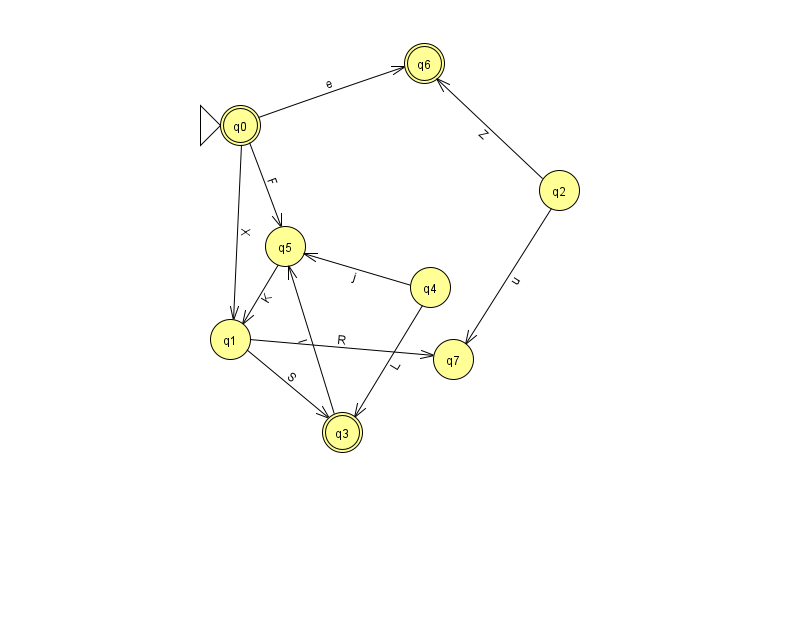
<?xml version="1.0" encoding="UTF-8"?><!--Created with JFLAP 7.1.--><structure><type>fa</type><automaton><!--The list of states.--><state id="0" name="q0"><x>240.0</x><y>112.0</y><initial/><final/></state><state id="1" name="q1"><x>230.0</x><y>326.0</y></state><state id="2" name="q2"><x>559.0</x><y>177.0</y></state><state id="3" name="q3"><x>342.0</x><y>419.0</y><final/></state><state id="4" name="q4"><x>430.0</x><y>274.0</y></state><state id="5" name="q5"><x>285.0</x><y>233.0</y></state><state id="6" name="q6"><x>424.0</x><y>50.0</y><final/></state><state id="7" name="q7"><x>453.0</x><y>346.0</y></state><!--The list of transitions.--><transition><from>5</from><to>1</to><read>K</read></transition><transition><from>2</from><to>6</to><read>Z</read></transition><transition><from>4</from><to>3</to><read>L</read></transition><transition><from>4</from><to>5</to><read>j</read></transition><transition><from>0</from><to>5</to><read>F</read></transition><transition><from>1</from><to>7</to><read>R</read></transition><transition><from>2</from><to>7</to><read>u</read></transition><transition><from>3</from><to>5</to><read>l</read></transition><transition><from>0</from><to>1</to><read>X</read></transition><transition><from>0</from><to>6</to><read>e</read></transition><transition><from>1</from><to>3</to><read>S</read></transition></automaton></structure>